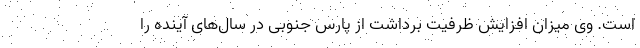
است. وی میزان افزایش ظرفیت برداشت از پارس جنوبی در سال‌های آینده را